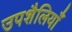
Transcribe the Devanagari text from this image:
उपशैलियाँ